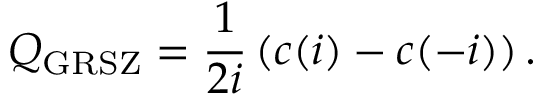
{ \cal Q _ { \mathrm { G R S Z } } } = \frac { 1 } { 2 i } \left( c ( i ) - c ( - i ) \right) .